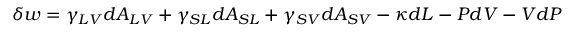
\delta w = \gamma _ { L V } d A _ { L V } + \gamma _ { S L } d A _ { S L } + \gamma _ { S V } d A _ { S V } - \kappa d L - P d V - V d P